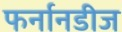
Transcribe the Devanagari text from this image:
फर्नानडीज